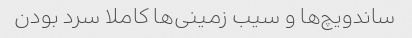
ساندویچ‌ها و سیب زمینی‌ها کاملا سرد بودن